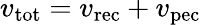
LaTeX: v_{\mathrm{tot}}=v_{\mathrm{rec}}+v_{\mathrm{pec}}